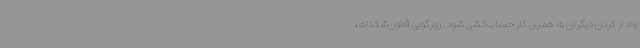
وادار کردن دیگران به همین کار حساب‌کشی شود. زورگویی قانون‌شکنانه،